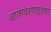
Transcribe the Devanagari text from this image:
वातावरणाइतका